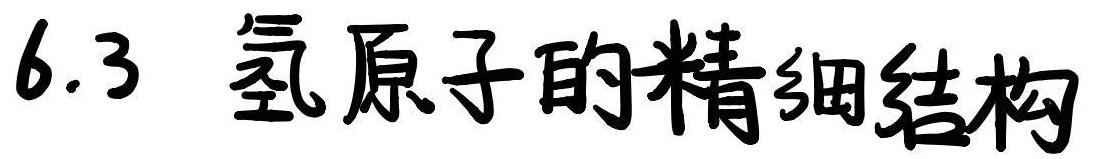
6.3 氢原子的精细结构